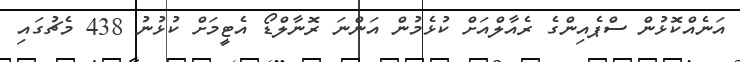
އަނެއްކޮޅުން ސްޕެއިންގެ ރެއާލްއަށް ކުޅެމުން އަންނަ ރޮނާލްޑޯ އެޓީމަށް ކުޅުނު 438 މެޗުގައި